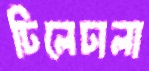
ঢিলেঢালা